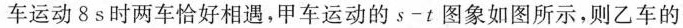
车运动8 s时两车恰好相遇，甲车运动的s-t图象如图所示，则乙车的